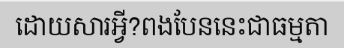
ដោយសារអ្វី?ពងបែននេះជាធម្មតា